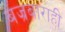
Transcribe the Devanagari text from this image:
बज्रबाराही